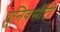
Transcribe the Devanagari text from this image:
युनिवर्सीटी